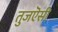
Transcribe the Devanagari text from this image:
तुजऎसी